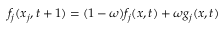
f _ { j } ( x _ { j } , t + 1 ) = ( 1 - \omega ) f _ { j } ( x , t ) + \omega g _ { j } ( x , t )